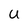
Character: U